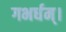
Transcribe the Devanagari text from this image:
गभर्धम्।